Annual report on the working of the mental hospitals in the Madras Presidency - 1912-1932
Year: 1912
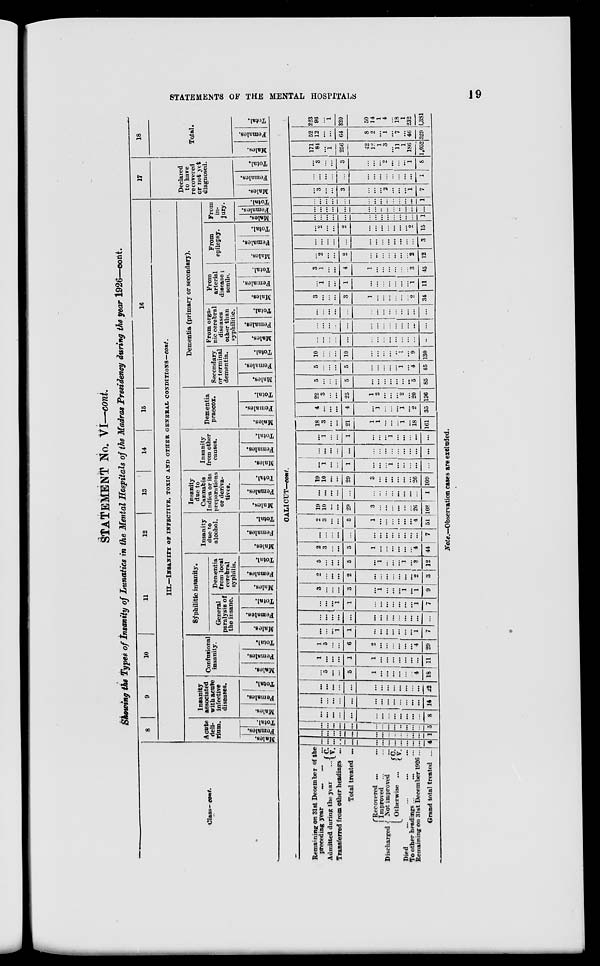
STATEMENTS OF THE MENTAL HOSPITALS
19
STATEMENT No. VI—cont.
Showing the Types of Insanity of Lunatics in the Mental Hospitals of the Madras Presidency during the year 1926—cont.
Class—cont.
8
9
10
11
12 13 14
15
16
III.—INSANITY OF INFECTIVE, TOXIC AND OTHER GENERAL CONDITIONS—cont.
Acute
deli-
rium.
Males.
Females.
Total.
Insanity
associated
with acute
infective
diseases.
Males.
Females.
Total.
Confusional
insanity.
Males.
Females.
Total.
Syphilitic insanity.
General
paralysis of
the insane.
Males.
Females.
Total.
Dementia
from local
cerebral
syphilis.
Males.
Females.
Total.
Insanity
due to
alcohol.
Males.
Females.
Total.
Insanity
due to
Cannabis
Indica or its
preparations
or deriva-
tives.
Males.
Females.
Total.
Insanity
from other
causes.
Males.
Females.
Total.
Dementia
praecox.
Males.
Females.
Total.
Dementia (primary or secondary).
Secondary
or terminal
dementia.
Males.
Females.
Total.
From orga-
nic cerebral
diseases
other than
syphilitic.
Males.
Females.
Total.
From
arterial
disease;
senile.
Males.
Females.
Total.
From
epilepsy.
Males.
Females.
Total.
From
in-
jury.
Males.
Females.
Total.
17
Declared
to have
recovered
or not yet
diagnosed.
Males.
Females.
Total.
18
Total.
Males.
Females.
Total.
CALICUT—cont.
Remaining on 31st December of the
preceding year
...
...
...
Admitted during the year ...
C. V.
Transferred from other headings ...
Total treated ...
Discharged
Recovered ... ...
Improved ... ...
Not improved ...
Otherwise ...
C.
V.
Died ... ... ... ...
To other headings ... ... ...
Remaining on 31st December 1926 ...
Grand total treated ...
...
...
...
...
...
...
...
...
...
...
...
...
...
4
...
...
...
...
...
...
...
...
...
...
...
...
...
1
...
...
...
...
...
...
...
...
...
...
...
...
...
5
...
...
...
...
...
...
...
...
...
...
...
...
...
8
...
...
...
...
...
...
...
...
...
...
...
...
...
14
...
...
...
...
...
...
...
...
...
...
...
...
...
22
...
5
...
...
5
1
...
...
...
...
...
...
4
18
1
...
...
...
1
1
...
...
...
...
...
...
...
11
1
5
...
...
6
2
...
...
...
...
...
...
4
29
...
...
...
1
1
...
...
...
...
...
...
...
1
7
...
...
...
...
...
...
...
...
...
...
...
...
...
...
...
...
...
1
1
...
...
...
...
...
...
...
1
7
3
...
...
...
3
...
1
...
...
...
1
...
1
9
2
...
...
...
2
...
...
...
...
...
...
...
2
3
5
...
...
...
5
...
1
...
...
...
1
...
3
12
2
3
...
...
5
1
...
...
...
...
...
...
4
44
...
...
...
...
...
...
...
...
...
...
...
...
...
7
2
3
...
...
5
1
...
...
...
...
...
...
4
51
19
10
...
...
29
3
...
...
...
...
...
...
26
108
...
...
...
...
...
...
...
...
...
...
...
...
...
1
19
10
...
...
29
3
...
...
...
...
...
...
26
109
...
1
...
...
1
...
...
...
1
...
...
...
...
...
...
...
...
...
...
...
...
...
...
...
...
...
...
...
...
1
...
...
1
...
...
...
1
...
...
...
...
...
18
3
...
...
21
1
1
...
...
...
1
...
18
161
4
...
...
...
4
...
1
...
...
...
1
...
2
35
22
3
...
...
25
1
2
...
...
...
2
...
20
196
5
...
...
...
5
...
...
...
...
...
...
...
5
85
5
...
...
...
5
...
...
...
...
...
1
...
4
45
10
...
...
...
10
...
...
...
...
...
1
...
9
130
...
...
...
...
...
...
...
...
...
...
...
...
...
...
...
...
...
...
...
...
...
...
...
...
...
...
...
...
...
...
...
...
...
...
...
...
...
...
...
...
...
...
3
...
...
...
3
1
...
...
...
...
...
...
2
34
...
1
...
...
1
...
...
...
...
...
...
...
1
11
3
1
...
...
4
1
...
...
...
...
...
...
3
45
...
2
...
...
2
...
...
...
...
...
...
...
2
12
...
...
...
...
...
...
...
...
...
...
...
...
...
3
...
2
...
...
2
...
...
...
...
...
...
...
2
15
...
...
...
...
...
...
...
...
...
...
...
...
...
1
...
...
...
...
...
...
...
...
...
...
...
...
...
...
...
...
...
...
...
...
...
...
...
...
...
...
...
1
...
3
...
...
3
...
...
...
2
...
...
...
1
7
...
...
...
...
...
...
...
...
...
...
...
...
...
1
...
3
...
...
3
...
...
...
2
...
...
...
1
8
171
84
...
1
256
42
12
1
3
...
11
1
186
1,052
52
12
...
...
64
8
2
...
1
...
7
...
46
329
223
96
...
1
320
50
14
1
4
...
18
1
232
1,381
Note.—Observation cases are excluded.